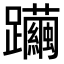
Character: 𨇿